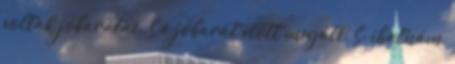
voltak jóbarátai. S a jóbarát előtt megáll, S: ihatnám,